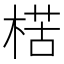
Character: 楛